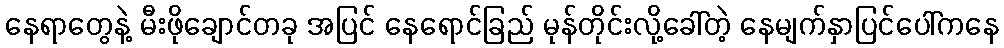
နေရာတွေနဲ့ မီးဖိုချောင်တခု အပြင် နေရောင်ခြည် မုန်တိုင်းလို့ခေါ်တဲ့ နေမျက်နှာပြင်ပေါ်ကနေ